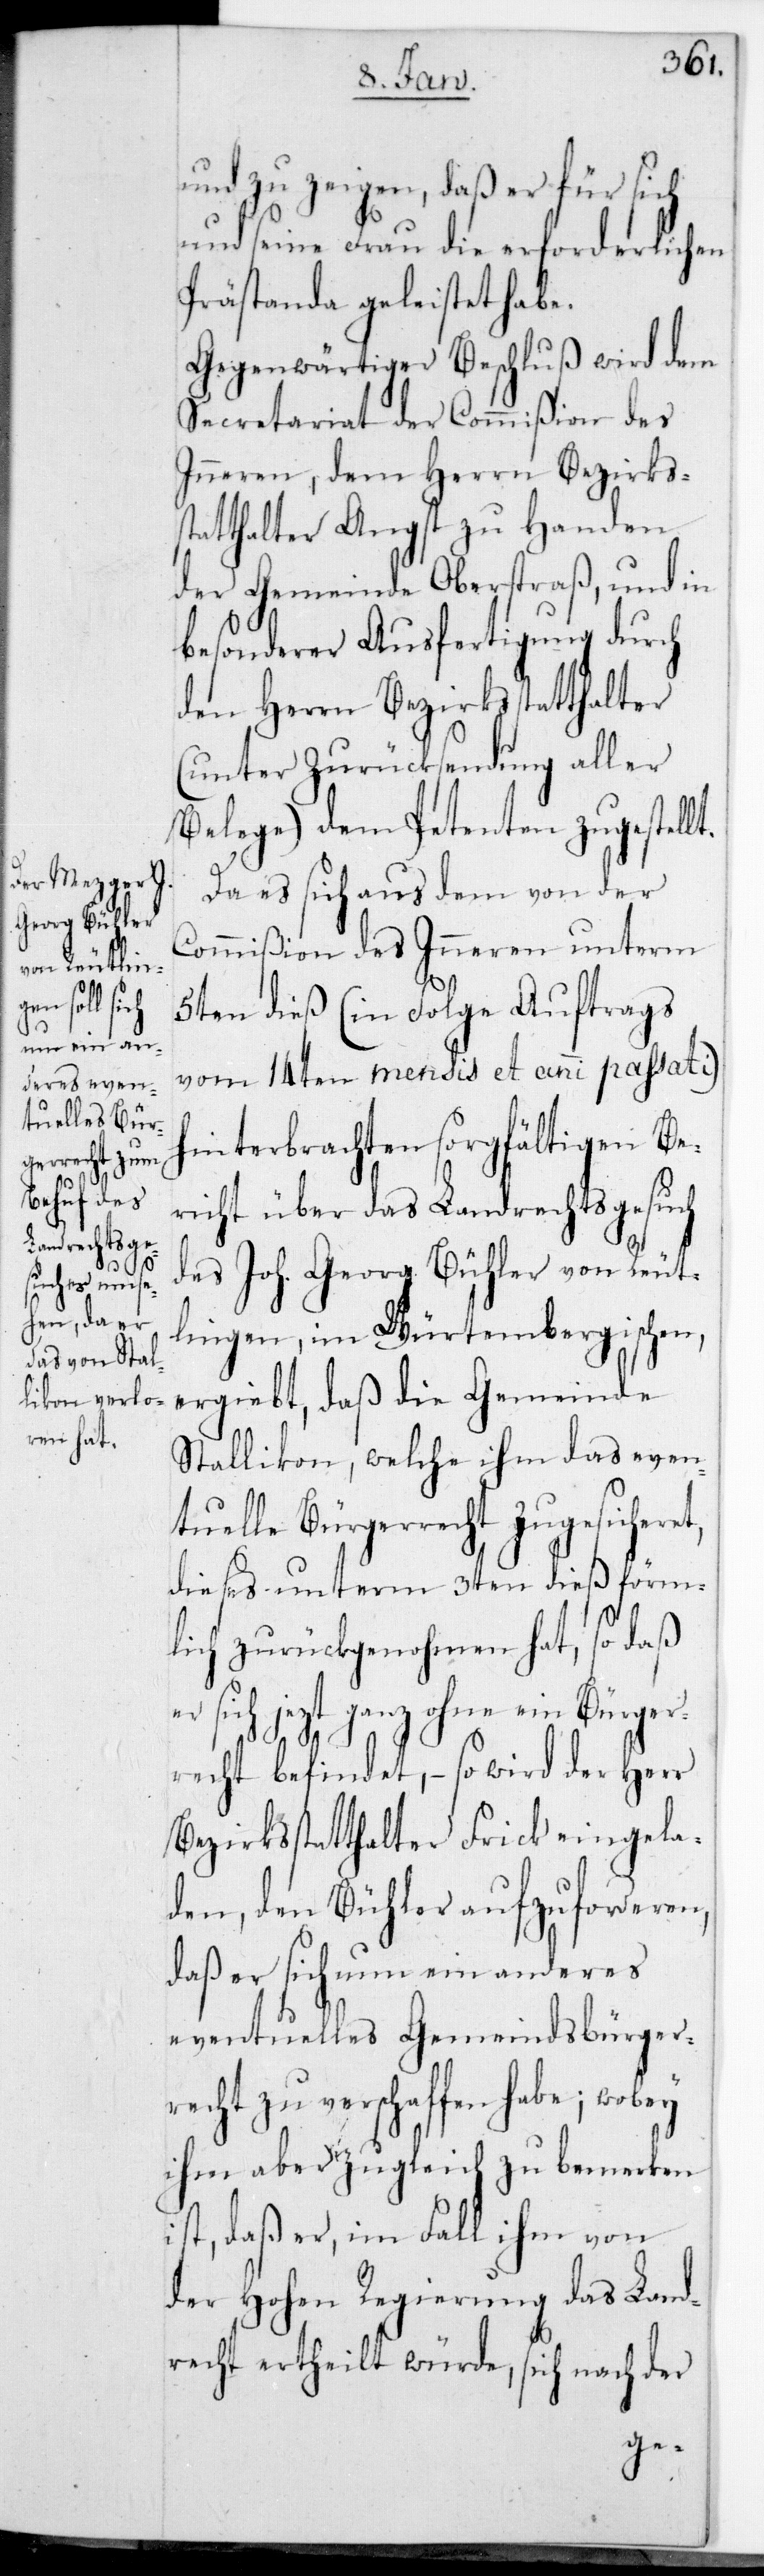
und zu zeigen, daß er für sich
und seine Frau die erforderlichen
Prästanda geleistet habe.
Gegenwärtiger Beschluß wird dem
Secretariat der Commißion des
Inneren, dem Herrn Bezirks¬
statthalter Angst zu Handen
der Gemeinde Oberstraß, und in
besonderer Ausfertigung durch
den Herrn Bezirksstatthalter
(unter Zurücksendung aller
Belege) dem Petenten zugestellt.
Da es sich aus dem von der
Commißion des Inneren unterm
5ten dieß (in Folge Auftrags
t,
vom 14ten mensis et anni passati)
hinterbrachten sorgfältigen Be¬
richt über das Landrechtsgesuch
des Joh. Georg Bühler von Reut¬
lingen im Würtembergischen,
Stallikon, welche ihm das even¬
tuelle Bürgerrecht zugesichere¬
dieses unterm 3ten dieß förm¬
lich zurückgenohmen hat, so daß
sich jetzt ganz ohne ein Bürger¬
recht befindet, – so wird der Herr
Bezirksstatthalter Frick eingela¬
den, den Bühler aufzuforderen,
daß er sich nun ein anderes
eventuelles Gemeindsbürger¬
recht zu verschaffen habe; wobey
ihm aber zugleich zu bemerken
ist, daß er, im Fall ihm von
der Hohen Regierung das Land¬
recht ertheilt würde, sich nach der